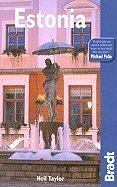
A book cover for Bradt Travel Guide Estonia 5TH EDITION [PB,2007]; Travel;